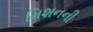
મિશનની